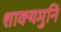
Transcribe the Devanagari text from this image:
शाक्‍यमुनि